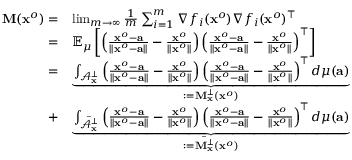
\begin{array} { r l } { { \bf M } ( { \bf x } ^ { o } ) = } & { \operatorname* { l i m } _ { m \rightarrow \infty } \frac { 1 } { m } \sum _ { i = 1 } ^ { m } \nabla f _ { i } ( { \bf x } ^ { o } ) \nabla f _ { i } ( { \bf x } ^ { o } ) ^ { \top } } \\ { = } & { \mathbb E _ { \mu } \left[ \left( \frac { { \bf x } ^ { o } - { \bf a } } { \| { \bf x } ^ { o } - { \bf a } \| } - \frac { { \bf x } ^ { o } } { \| { \bf x } ^ { o } \| } \right) \left( \frac { { \bf x } ^ { o } - { \bf a } } { \| { \bf x } ^ { o } - { \bf a } \| } - \frac { { \bf x } ^ { o } } { \| { \bf x } ^ { o } \| } \right) ^ { \top } \right] } \\ { = } & { \underbrace { \int _ { \mathcal A _ { \bf x } ^ { \perp } } \left( \frac { { \bf x } ^ { o } - { \bf a } } { \| { \bf x } ^ { o } - { \bf a } \| } - \frac { { \bf x } ^ { o } } { \| { \bf x } ^ { o } \| } \right) \left( \frac { { \bf x } ^ { o } - { \bf a } } { \| { \bf x } ^ { o } - { \bf a } \| } - \frac { { \bf x } ^ { o } } { \| { \bf x } ^ { o } \| } \right) ^ { \top } d \mu ( { \bf a } ) } _ { : = { \bf M } _ { \bf x } ^ { \perp } ( { \bf x } ^ { o } ) } } \\ { + } & { \underbrace { \int _ { \overbar { { \mathcal A } _ { \bf x } ^ { \perp } } } \left( \frac { { \bf x } ^ { o } - { \bf a } } { \| { \bf x } ^ { o } - { \bf a } \| } - \frac { { \bf x } ^ { o } } { \| { \bf x } ^ { o } \| } \right) \left( \frac { { \bf x } ^ { o } - { \bf a } } { \| { \bf x } ^ { o } - { \bf a } \| } - \frac { { \bf x } ^ { o } } { \| { \bf x } ^ { o } \| } \right) ^ { \top } d \mu ( { \bf a } ) } _ { : = \overbar { { { \bf M } } _ { \bf x } ^ { \perp } } ( { \bf x } ^ { o } ) } } \end{array}